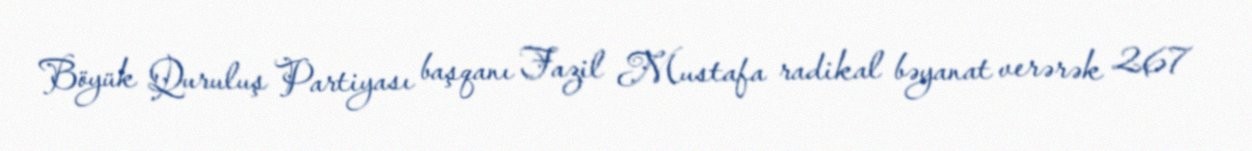
Böyük Quruluş Partiyası başqanı Fazil Mustafa radikal bəyanat verərək 267